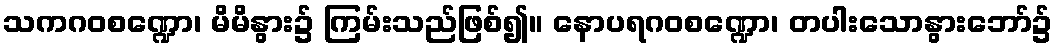
သကဂဝစဏ္ဍော၊ မိမိနွား၌ ကြမ်းသည်ဖြစ်၍။ နောပရဂဝစဏ္ဍော၊ တပါးသောနွားဘော်၌